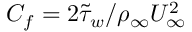
C _ { f } = 2 \tilde { \tau } _ { w } / \rho _ { \infty } U _ { \infty } ^ { 2 }